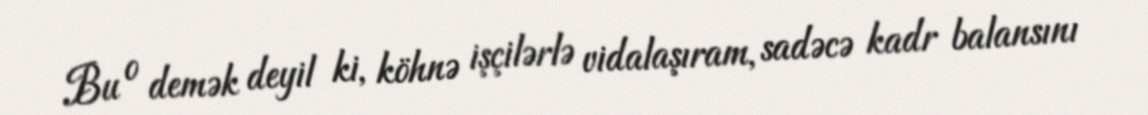
Bu o demək deyil ki, köhnə işçilərlə vidalaşıram, sadəcə kadr balansını